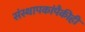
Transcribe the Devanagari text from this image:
संस्थापकांपैकीही